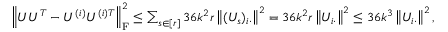
\begin{array} { r } { \left\| { U U ^ { T } - U ^ { ( i ) } U ^ { ( i ) T } } \right\| _ { \mathrm { F } } ^ { 2 } \leq \sum _ { s \in [ r ] } 3 6 k ^ { 2 } r \left\| { ( U _ { s } ) _ { i \cdot } } \right\| ^ { 2 } = 3 6 k ^ { 2 } r \left\| { U _ { i \cdot } } \right\| ^ { 2 } \leq 3 6 k ^ { 3 } \left\| { U _ { i \cdot } } \right\| ^ { 2 } , } \end{array}